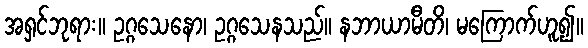
အရှင်ဘုရား။ ဥဂ္ဂသေနော၊ ဥဂ္ဂသေနသည်။ နဘာယာမီတိ၊ မကြောက်ဟူ၍။